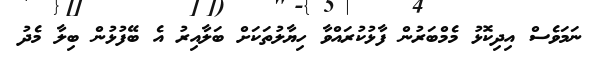
ނަމަވެސް އިދިކޮޅު މެމްބަރުން ފާޅުކުރައްވާ ހިޔާލުތަކަށް ބަލާއިރު އެ ބޭފުޅުން ބިލާ މެދު